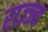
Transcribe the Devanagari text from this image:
राज्ज्य